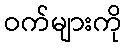
ဝက်များကို